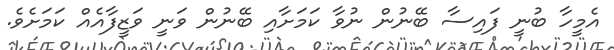
އެމީހާ ބުނީ ފައިސާ ބޭނުން ނުވާ ކަމަށާއި ބޭނުން ވަނީ ވަޒީފާއެއް ކަމަށެވެ.